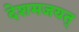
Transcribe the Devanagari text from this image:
देशमजयत्